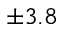
\pm 3 . 8